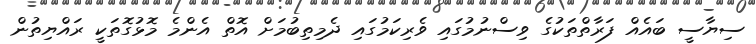
ސިޔާސީ ބައެއް ފަރާތްތަކުގެ ވިސްނުމުގައި ވެރިކަމުގައި ދެމިތިބުމަށް އޮތް އެންމެ މޮޅުގޮތަކީ ރައްޔިތުން